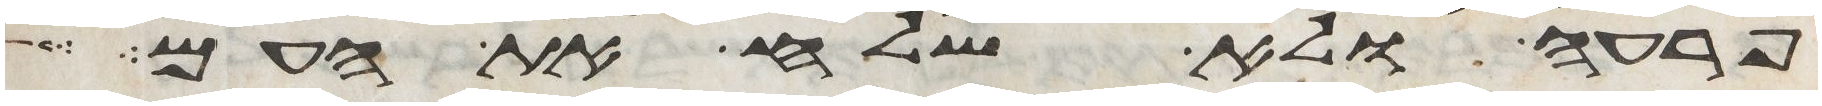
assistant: פרעה ולא שלח את העם